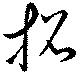
招